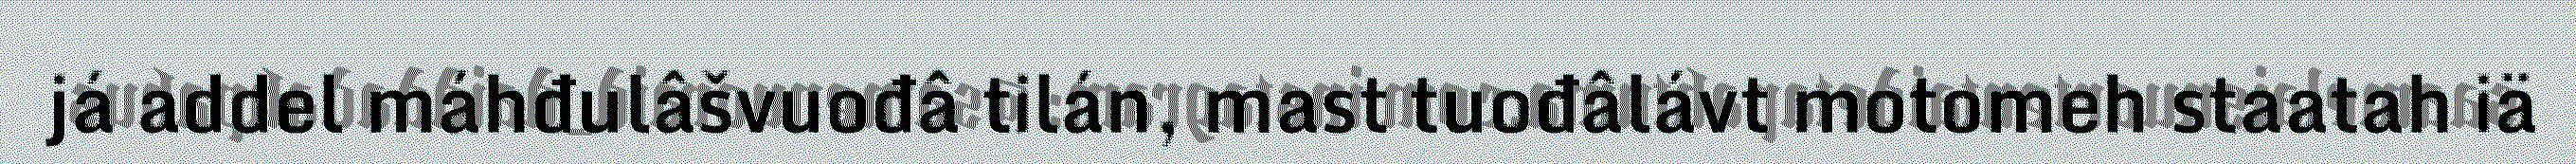
já addel máhđulâšvuođâ tilán, mast tuođâlávt motomeh staatah iä